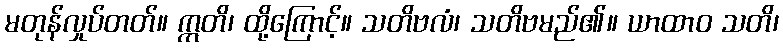
မတုန်လှုပ်တတ်။ ဣတိ၊ ထို့ကြောင့်။ သတိဗလံ၊ သတိဗမည်၏။ ယာထာဝ သတိ၊